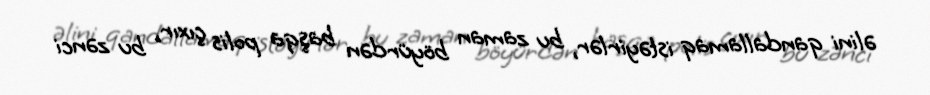
əlini qandallamaq istəyirlər, bu zaman böyürdən başqa polis çıxır, bu zənci